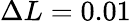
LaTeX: \Delta L=0.01